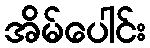
အိမ်ပေါင်း